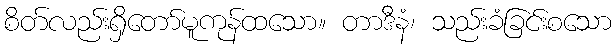
စိတ်လည်းရှိတော်မူကုန်ထသော။ တာဒီနံ၊ သည်းခံခြင်းစသော